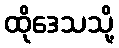
ထိုဒေသသို့